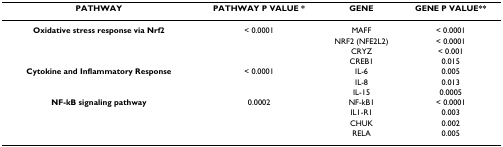
<table><thead><tr><td><b>PATHWAY</b></td><td><b>PATHWAY P VALUE *</b></td><td><b>GENE</b></td><td><b>GENE P VALUE**</b></td></tr></thead><tbody><tr><td><b>Oxidative stress response via Nrf2</b></td><td>&lt; 0.0001</td><td>MAFF</td><td>&lt; 0.0001</td></tr><tr><td></td><td></td><td>NRF2 (NFE2L2)</td><td>&lt; 0.0001</td></tr><tr><td></td><td></td><td>CRYZ</td><td>&lt; 0.001</td></tr><tr><td></td><td></td><td>CREB1</td><td>0.015</td></tr><tr><td><b>Cytokine and Inflammatory Response</b></td><td>&lt; 0.0001</td><td>IL-6</td><td>0.005</td></tr><tr><td></td><td></td><td>IL-8</td><td>0.013</td></tr><tr><td></td><td></td><td>IL-15</td><td>0.0005</td></tr><tr><td><b>NF-kB signaling pathway</b></td><td>0.0002</td><td>NF-kB1</td><td>&lt; 0.0001</td></tr><tr><td></td><td></td><td>IL1-R1</td><td>0.003</td></tr><tr><td></td><td></td><td>CHUK</td><td>0.002</td></tr><tr><td></td><td></td><td>RELA</td><td>0.005</td></tr></tbody></table>